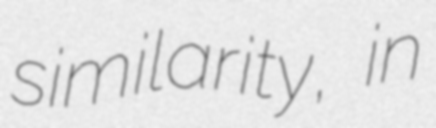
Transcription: similarity, in